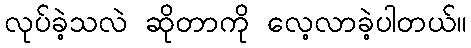
လုပ်ခဲ့သလဲ ဆိုတာကို လေ့လာခဲ့ပါတယ်။